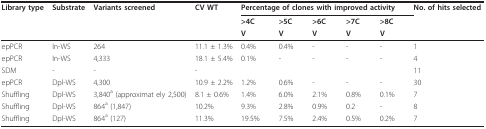
| Library type | Substrate | Variants screened | CV WT | <COLSPAN=5> Percentage of clones with improved activity | No. of hits selected |
 |  |  |  |  | >4C | >5C | >6C | >7C | >8C |  |
 |  |  |  |  | V | V | V | V | V |  |
 | --- | --- | --- | --- | --- | --- | --- | --- | --- | --- |
 | epPCR | In-WS | 264 | 11.1 ± 1.3% | 0.4% | 0.4% | - | - | - | 1 |
 | epPCR | In-WS | 4,333 | 18.1 ± 5.4% | 0.1% | - | - | - | - | 4 |
 | SDM | - | - | - |  |  |  |  |  | 11 |
 | epPCR | Dpl-WS | 4,300 | 10.9 ± 2.2% | 1.2% | 0.6% | - | - | - | 30 |
 | Shuffling | Dpl-WS | 3,840a (approximat ely 2,500) | 8.1 ± 0.6% | 1.4% | 6.0% | 2.1% | 0.8% | 0.1% | 7 |
 | Shuffling | Dpl-WS | 864a (1,847) | 10.2% | 9.3% | 2.8% | 0.9% | 0.2 | - | 8 |
 | Shuffling | Dpl-WS | 864a (127) | 11.3% | 19.5% | 7.5% | 2.4% | 0.5% | 0.2% | 7 |